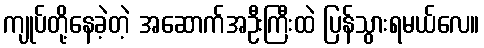
ကျုပ်တို့နေခဲ့တဲ့ အဆောက်အဦးကြီးထဲ ပြန်သွားရမယ်လေ။